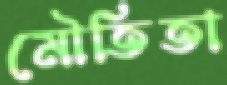
মৌতিতা